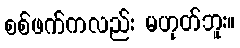
စစ်ဖက်ကလည်း မဟုတ်ဘူး။